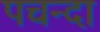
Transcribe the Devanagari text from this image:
पचन्दा